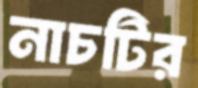
নাচটির